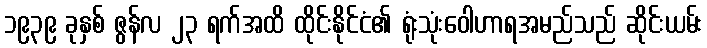
၁၉၃၉ ခုနှစ် ဇွန်လ ၂၃ ရက်အထိ ထိုင်းနိုင်ငံ၏ ရုံးသုံးဝေါဟာရအမည်သည် ဆိုင်းယမ်း